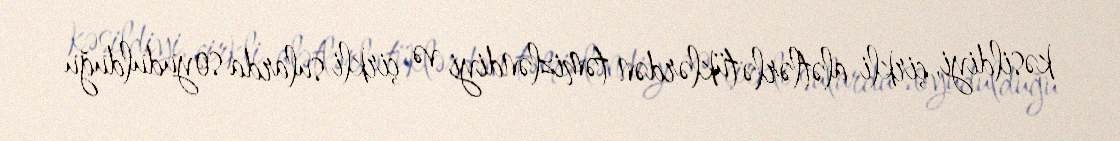
kəsildiyi, çirkli alətlərlə tüklərdən təmizləndiyi və çirkli sularda soyudulduğu